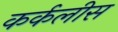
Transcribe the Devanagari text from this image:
कर्कलीस